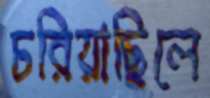
চরিয়াছিলে